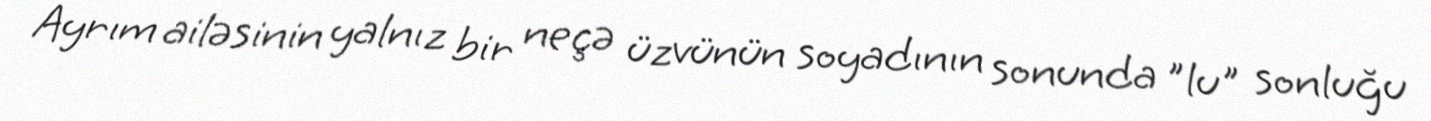
Ayrım ailəsinin yalnız bir neçə üzvünün soyadının sonunda "lu" sonluğu